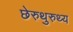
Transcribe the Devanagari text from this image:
छेरुथुरुथ्य